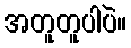
အတူတူပါပဲ။